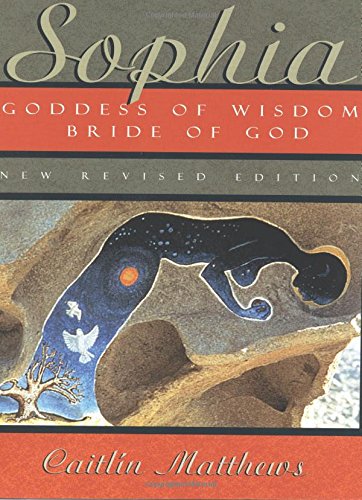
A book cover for Sophia: Goddess of Wisdom, Bride of God; Caitlin Matthews; Christian Books & Bibles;